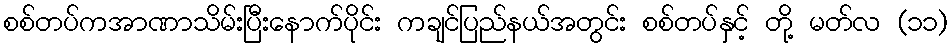
စစ်တပ်ကအာဏာသိမ်းပြီးနောက်ပိုင်း ကချင်ပြည်နယ်အတွင်း စစ်တပ်နှင့် တို့ မတ်လ (၁၁)